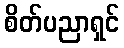
စိတ်ပညာရှင်